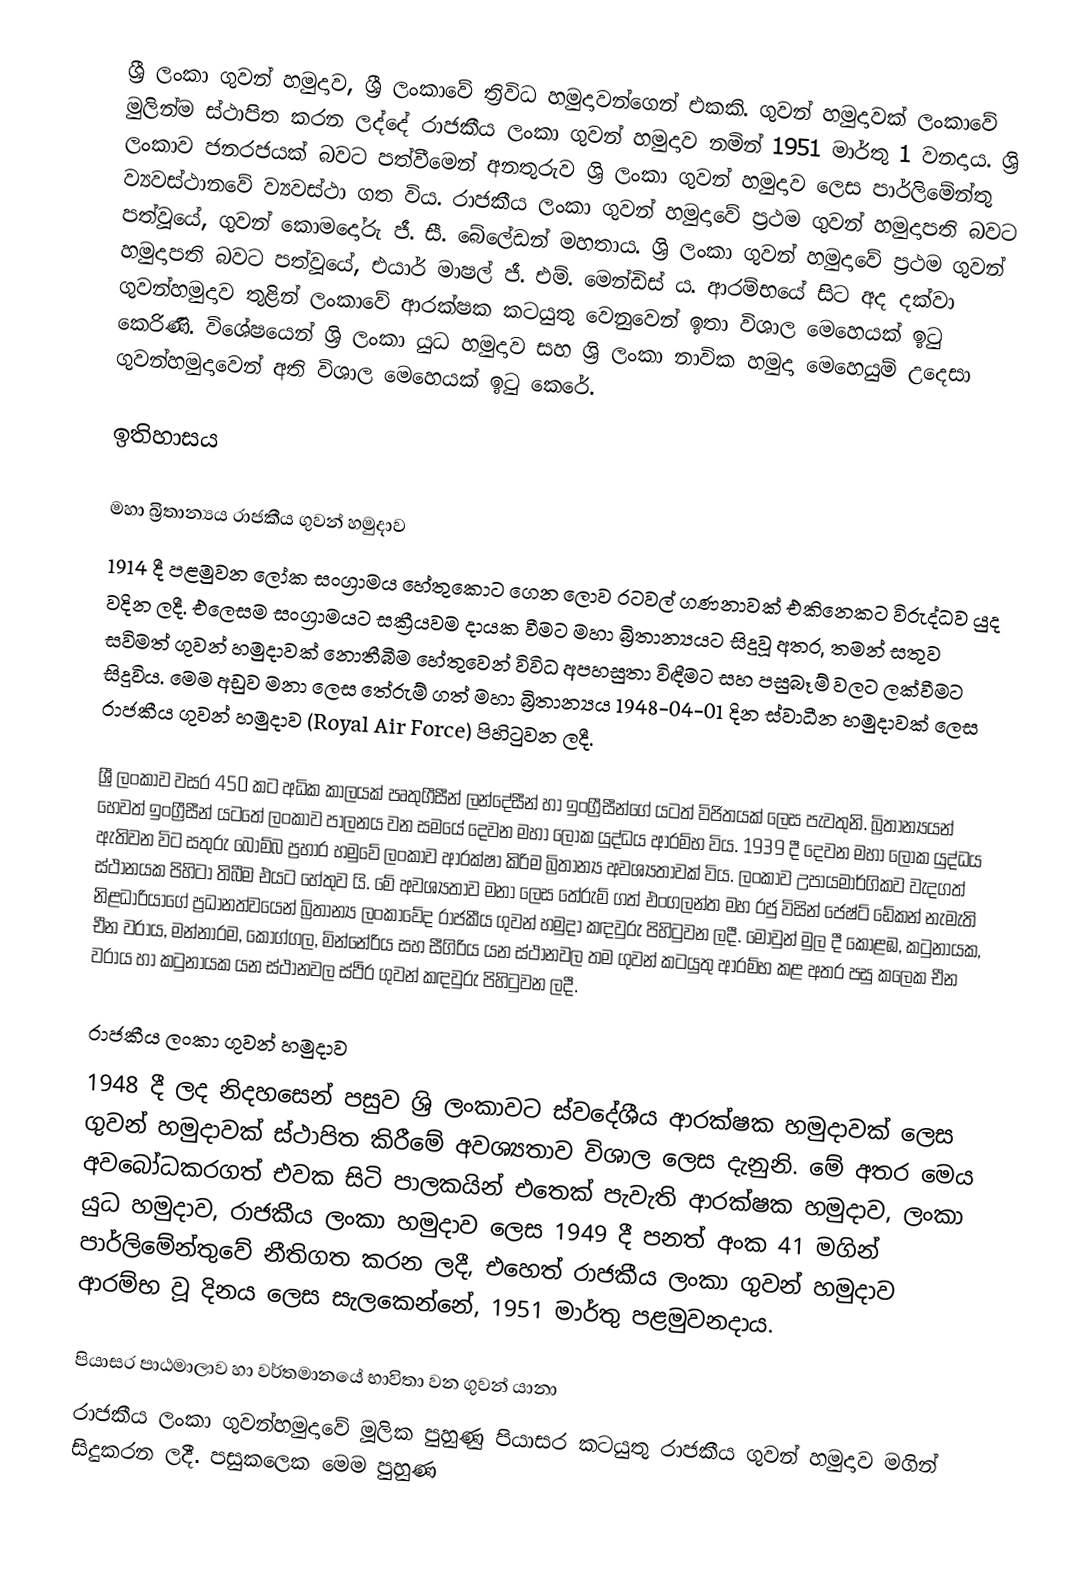
ශ්‍රී ලංකා ගුවන් හමුදාව, ශ්‍රී ලංකාවේ ත්‍රිවිධ හමුදාවන්ගෙන් එකකි. ගුවන් හමුදාවක් ලංකාවේ මුලින්ම ස්ථාපිත කරන ලද්දේ රාජකීය ලංකා ගුවන් හමුදාව නමින් 1951 මාර්තු 1 වනදාය. ශ්‍රි ලංකාව ජනරජයක් බවට පත්වීමෙන් අනතුරුව ශ්‍රි ලංකා ගුවන් හමුදාව ‍ලෙස පාර්ලිමේන්තු ව්‍යවස්ථානවේ ව්‍යවස්ථා ගත විය. රාජකීය ලංකා ගුවන් හමුදාවේ ප්‍රථම ගුවන් හමුදාපති බවට පත්වූයේ, ගුවන් කොමදෝරු ජී. සී. බේලේඩන් මහතාය. ශ්‍රි ලංකා ගුවන් හමුදාවේ ප්‍රථම ගුවන් හමුදාපති බවට පත්වූයේ, එයාර් මාෂල් ජී. එම්. මෙන්ඩිස් ය. ආරම්භයේ සිට අද දක්වා ගුවන්හමුදාව තුළින් ලංකාවේ ආරක්ෂක කටයුතු වෙනුවෙන් ඉතා විශාල මෙහෙයක් ඉටු කෙරිණි. විශේෂයෙන් ශ්‍රි ලංකා යුධ හමුදාව සහ ශ්‍රි ලංකා නාවික හමුදා මෙහෙයුම් උදෙසා ගුවන්හමුදාවෙන් අති විශාල මෙහෙයක් ඉටු කෙරේ.

ඉතිහාසය

මහා බ්‍රිතාන්‍යය රාජකීය ගුවන් හමුදාව
1914 දී පළමුවන ලෝක සංග්‍රාමය හේතුකොට ගෙන ලොව රටවල් ගණනාවක් එකිනෙකට විරුද්ධව යුද වදින ලදී. එලෙසම සංග්‍රාමයට සක්‍රීයවම දායක වීමට මහා බ්‍රිතාන්‍යයට සිදුවූ අතර, තමන් සතුව සවිමත් ගුවන් හමුදාවක් නොතීබීම හේතුවෙන් විවිධ අපහසුතා විඳීමට සහ පසුබෑම් වලට ලක්වීමට සිදුවිය. මෙම අඩුව මනා ලෙස තේරුම් ගත් මහා බ්‍රිතාන්‍යය 1948-04-01 දින ස්වාධීන හමුදාවක් ලෙස රාජකීය ගුවන් හමුදාව (Royal Air Force) පිහිටුවන ලදී.

ශ්‍රී ලංකාව වසර 450 කට අධික කාලයක් පෘතුගීසීන් ලන්දේසීන් හා ඉංග්‍රීසීන්ගේ යටත් විජිතයක් ලෙස පැවතුනි. බ්‍රිතාන්‍යයන් හෙවත් ඉංග්‍රීසීන් යටතේ ලංකාව පාලනය වන සමයේ දෙවන මහා ලෝක යුද්ධය ආරම්භ විය. 1939 දී දෙවන මහා ලෝක යුද්ධය ඇතිවන විට සතුරු බෝම්බ ප්‍රහාර හමුවේ ලංකාව ආරක්ෂා කිරිම බ්‍රිතාන්‍ය අවශ්‍යතාවක් විය. ලංකාව උපායමාර්ගිකව වැදගත් ස්ථානයක පිහිටා තිබීම එයට හේතුව යි. මේ අවශ්‍යතාව මනා ලෙස තේරුම් ගත් එංගලන්ත මහ රජු විසින් ජෙෂ්ට් ඩේකන් නැමැති නිළධාරියාගේ ප්‍රධානත්වයෙන් බ්‍රිතාන්‍ය ලංකාවේද රාජකීය ගුවන් හමුදා කඳවුරු පිහිටුවන ලදී. මොවුන් මුල දී කොළඹ, කටුනායක, චීන වරාය, මන්නාරම, කොග්ගල, මින්නේරිය සහ සීගිරිය යන ස්ථානවල තම ගුවන් කටයුතු ආරම්භ කළ අතර පසු කලෙක චීන වරාය හා කටුනායක යන ස්ථානවල ස්ථිර ගුවන් කඳවුරු පිහිටුවන ලදී.

රාජකීය ලංකා ගුවන් හමුදාව
1948 දී ලද නිදහසෙන් පසුව ශ්‍රි ලංකාවට ස්වදේශීය ආරක්ෂක හමුදාවක් ලෙස ගුවන් හමුදාවක් ස්ථාපිත කිරීමේ අවශ්‍යතාව විශාල ලෙස දැනුනි. මේ අතර මෙය අවබෝධකරගත් එවක සිටි පාලකයින් එතෙක් පැවැති ආරක්ෂක හමුදාව, ලංකා යුධ හමුදාව, රාජකීය ලංකා හමුදාව ලෙස 1949 දී පනත් අංක 41 මගින් පාර්ලිමේන්තුවේ නීතිගත කරන ලදී, එහෙත් රාජකීය ලංකා ගුවන් හමුදාව ආරම්භ වූ දිනය ලෙස සැලකෙන්නේ, 1951 මාර්තු පළමුවනදාය.

පියාසර පාඨමාලාව හා වර්තමානයේ භාවිතා වන ගුවන් යානා
රාජකීය ලංකා ගුවන්හමුදාවේ මූලික පුහුණු පියාසර කටයුතු රාජකීය ගුවන් හමුදාව මගින් සිදුකරන ලදී. පසුකලෙක මෙම පුහුණ